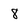
Character: 8